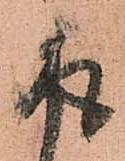
取